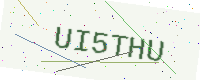
Text: UI5THU